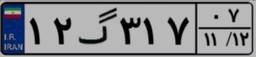
۱۲گ۳۱۷۰۷